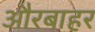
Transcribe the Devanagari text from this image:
औरबाहर